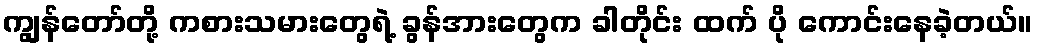
ကျွန်တော်တို့ ကစားသမားတွေရဲ့ ခွန်အားတွေက ခါတိုင်း ထက် ပို ကောင်းနေခဲ့တယ်။